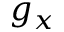
g _ { x }